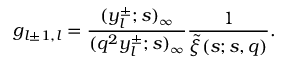
g _ { l \pm 1 , l } = \frac { ( y _ { l } ^ { \pm } ; s ) _ { \infty } } { ( q ^ { 2 } y _ { l } ^ { \pm } ; s ) _ { \infty } } \frac { 1 } { \widetilde { \xi } ( s ; s , q ) } .